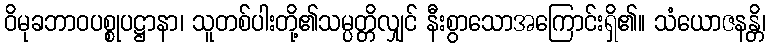
ဝိမုခဘာဝပစ္စုပဋ္ဌာနာ၊ သူတစ်ပါးတို့၏သမ္ပတ္တိလျှင် နီးစွာသောအကြောင်းရှိ၏။ သံယောဇနန္တိ၊